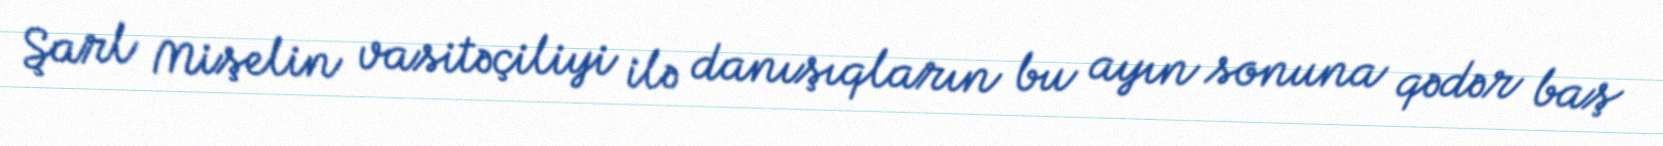
Şarl Mişelin vasitəçiliyi ilə danışıqların bu ayın sonuna qədər baş